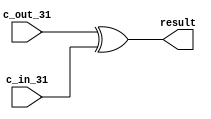
/* This file is defined the overflow in ADD or SUB
Xuhui Gong	21-09-11
*/
module overflow(result, c_out_31, c_in_31);
	
   input  c_out_31, c_in_31;
	output result;
	
	xor xor1(result,c_out_31,c_in_31);
		
endmodule